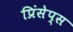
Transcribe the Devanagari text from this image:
प्रिंसेप्स